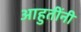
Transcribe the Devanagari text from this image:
आहुतींनी